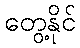
တွေ့နိုင်